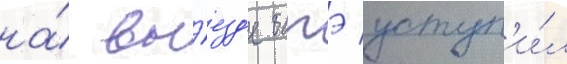
на́ вы́езд'е батэ уступ'и́л